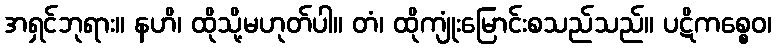
အရှင်ဘုရား။ နဟိ၊ ထိုသို့မဟုတ်ပါ။ တံ၊ ထိုကျုံးမြောင်းစသည်သည်။ ပဋိကစ္စေဝ၊